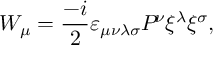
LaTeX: W _ { \mu } = \frac { - i } { 2 } \varepsilon _ { \mu \nu \lambda \sigma } { \cal P } { \! } ^ { \nu } \xi ^ { \lambda } \xi ^ { \sigma } ,